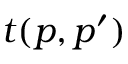
t ( p , p ^ { \prime } )